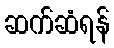
ဆက်ဆံရန်